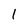
Character: l